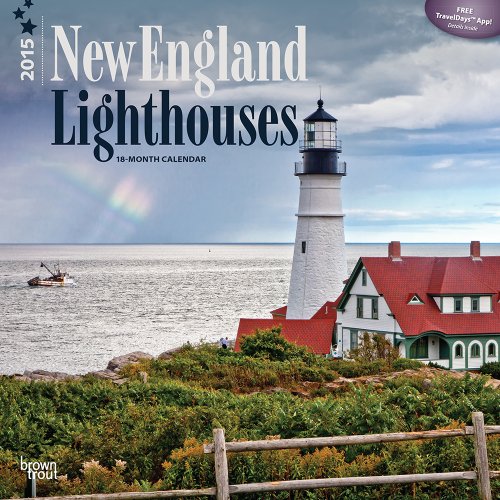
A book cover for Lighthouses, New England 2015 Square 12x12 (Multilingual Edition); BrownTrout; Calendars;